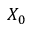
X _ { 0 }